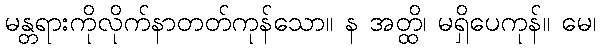
မန္တရားကိုလိုက်နာတတ်ကုန်သော။ န အတ္ထိ၊ မရှိပေကုန်။ မေ၊